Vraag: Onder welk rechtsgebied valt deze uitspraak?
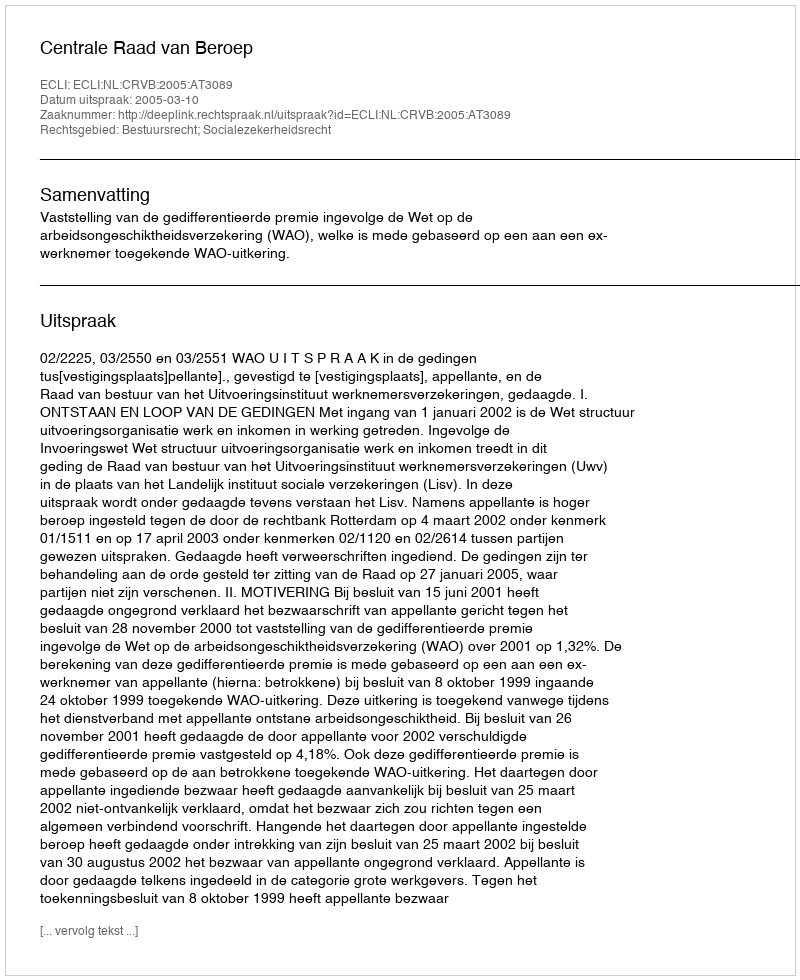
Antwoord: Bestuursrecht; Socialezekerheidsrecht